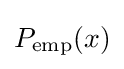
P_{\mathrm {emp} }(x)